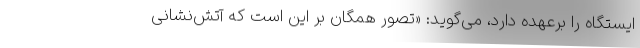
ایستگاه را برعهده دارد، می‌گوید: «تصور همگان بر این است که آتش‌نشانی